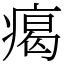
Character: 𤸎